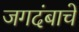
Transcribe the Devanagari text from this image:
जगदंबाचे